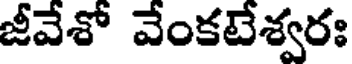
జీవేశో వేంకటేశ్వరః